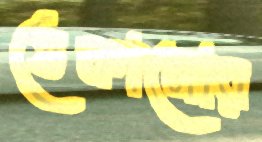
ঠেকানোর